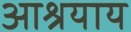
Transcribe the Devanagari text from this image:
आश्रयाय